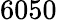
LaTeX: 6050